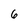
Character: 6